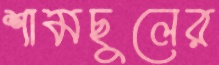
শামছুলের